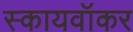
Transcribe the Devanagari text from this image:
स्कायवॉकर